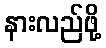
နားလည်ဖို့